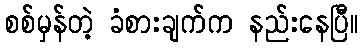
စစ်မှန်တဲ့ ခံစားချက်က နည်းနေပြီ။